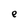
Character: e